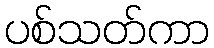
ပစ်သတ်ကာ